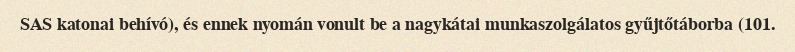
SAS katonai behívó), és ennek nyomán vonult be a nagykátai munkaszolgálatos gyűjtőtáborba (101.